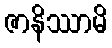
ဇာနိဿာမိ